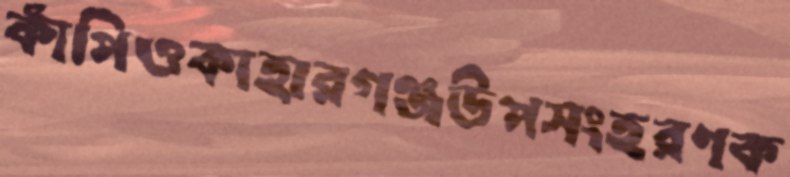
কাঁপিওকাহারগঞ্জউপসংহরণক